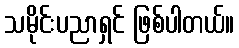
သမိုင်းပညာရှင် ဖြစ်ပါတယ်။